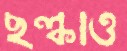
ছল্‌কাও